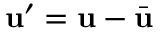
\mathbf { u } ^ { \prime } = \mathbf { u } - \bar { \mathbf { u } }